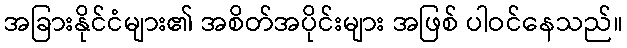
အခြားနိုင်ငံများ၏ အစိတ်အပိုင်းများ အဖြစ် ပါဝင်နေသည်။